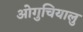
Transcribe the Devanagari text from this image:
ओगुचियालु